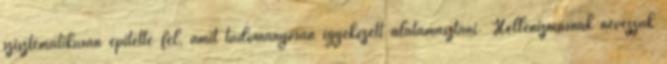
szisztematikusan építette fel, amit tudományosan igyekezett alátámasztani. Hellenizmusnak nevezzük